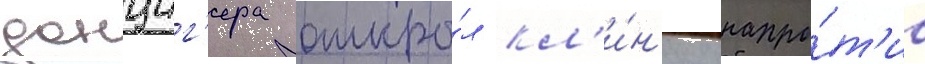
данциг'ера откры́л кл'и́н'ику напро́т'ив